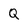
Character: Q